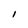
Character: l